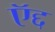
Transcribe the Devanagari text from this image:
ऍद्द